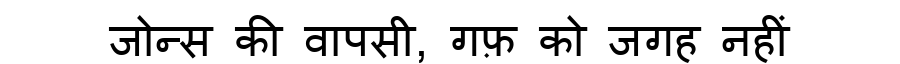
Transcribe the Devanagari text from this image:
जोन्स की वापसी, गफ़ को जगह नहीं